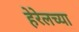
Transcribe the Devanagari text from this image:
हेरेलच्या